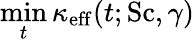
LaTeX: \operatorname*{min}_{t}\kappa_{\mathrm{eff}}(t;\mathrm{Sc},\gamma)